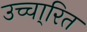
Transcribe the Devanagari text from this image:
उच्चा्रित